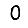
Digit: 0